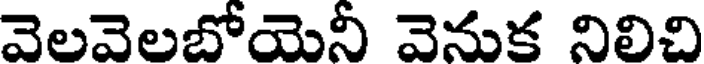
వెలవెలబోయెనీ వెనుక నిలిచి